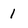
Character: 1